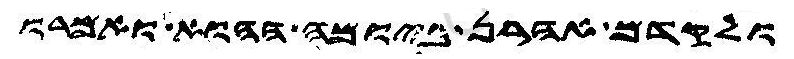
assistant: ולקדם אהרן ביומה ההוא ואמרו